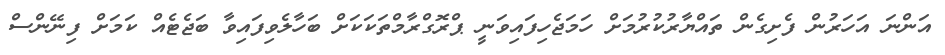
އަންނަ އަހަރުން ފެށިގެން ތައްޔާރުކުރުމަށް ހަމަޖެހިފައިވަނީ ޕްރޮގްރާމްތަކަކަށް ބަހާލެވިފައިވާ ބަޖެޓެއް ކަމަށް ފިނޭންސް